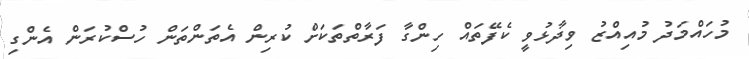
މުހައްމަދު މުއިއްޒު ވިދާޅުވީ ކެފޭތައް ހިންގާ ފަރާތްތަކަށް ކުރިން އެތަންތަން ހުސްކުރަން އެންގި